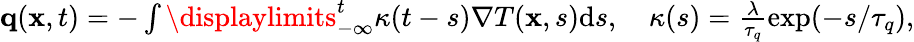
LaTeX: \begin{array}{r}{\mathbf q(\mathbf x,t)=-\int\displaylimits_{-\infty}^{t}\kappa(t-s)\nabla T(\mathbf x,s)\textrm{d}s,\quad\kappa(s)=\frac{\lambda}{\tau_{q}}\exp(-s/\tau_{q}),}\end{array}